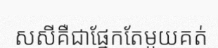
សសីគឺជាផ្នែកតែមួយគត់